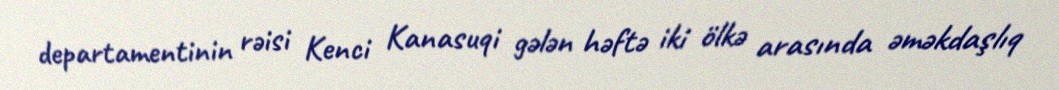
departamentinin rəisi Kenci Kanasuqi gələn həftə iki ölkə arasında əməkdaşlıq